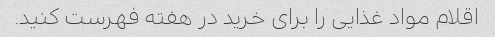
اقلام مواد غذایی را برای خرید در هفته فهرست کنید.